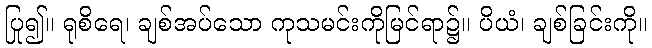
ပြု၍။ ရုစိရေ၊ ချစ်အပ်သော ကုသမင်းကိုမြင်ရာ၌။ ပိယံ၊ ချစ်ခြင်းကို။